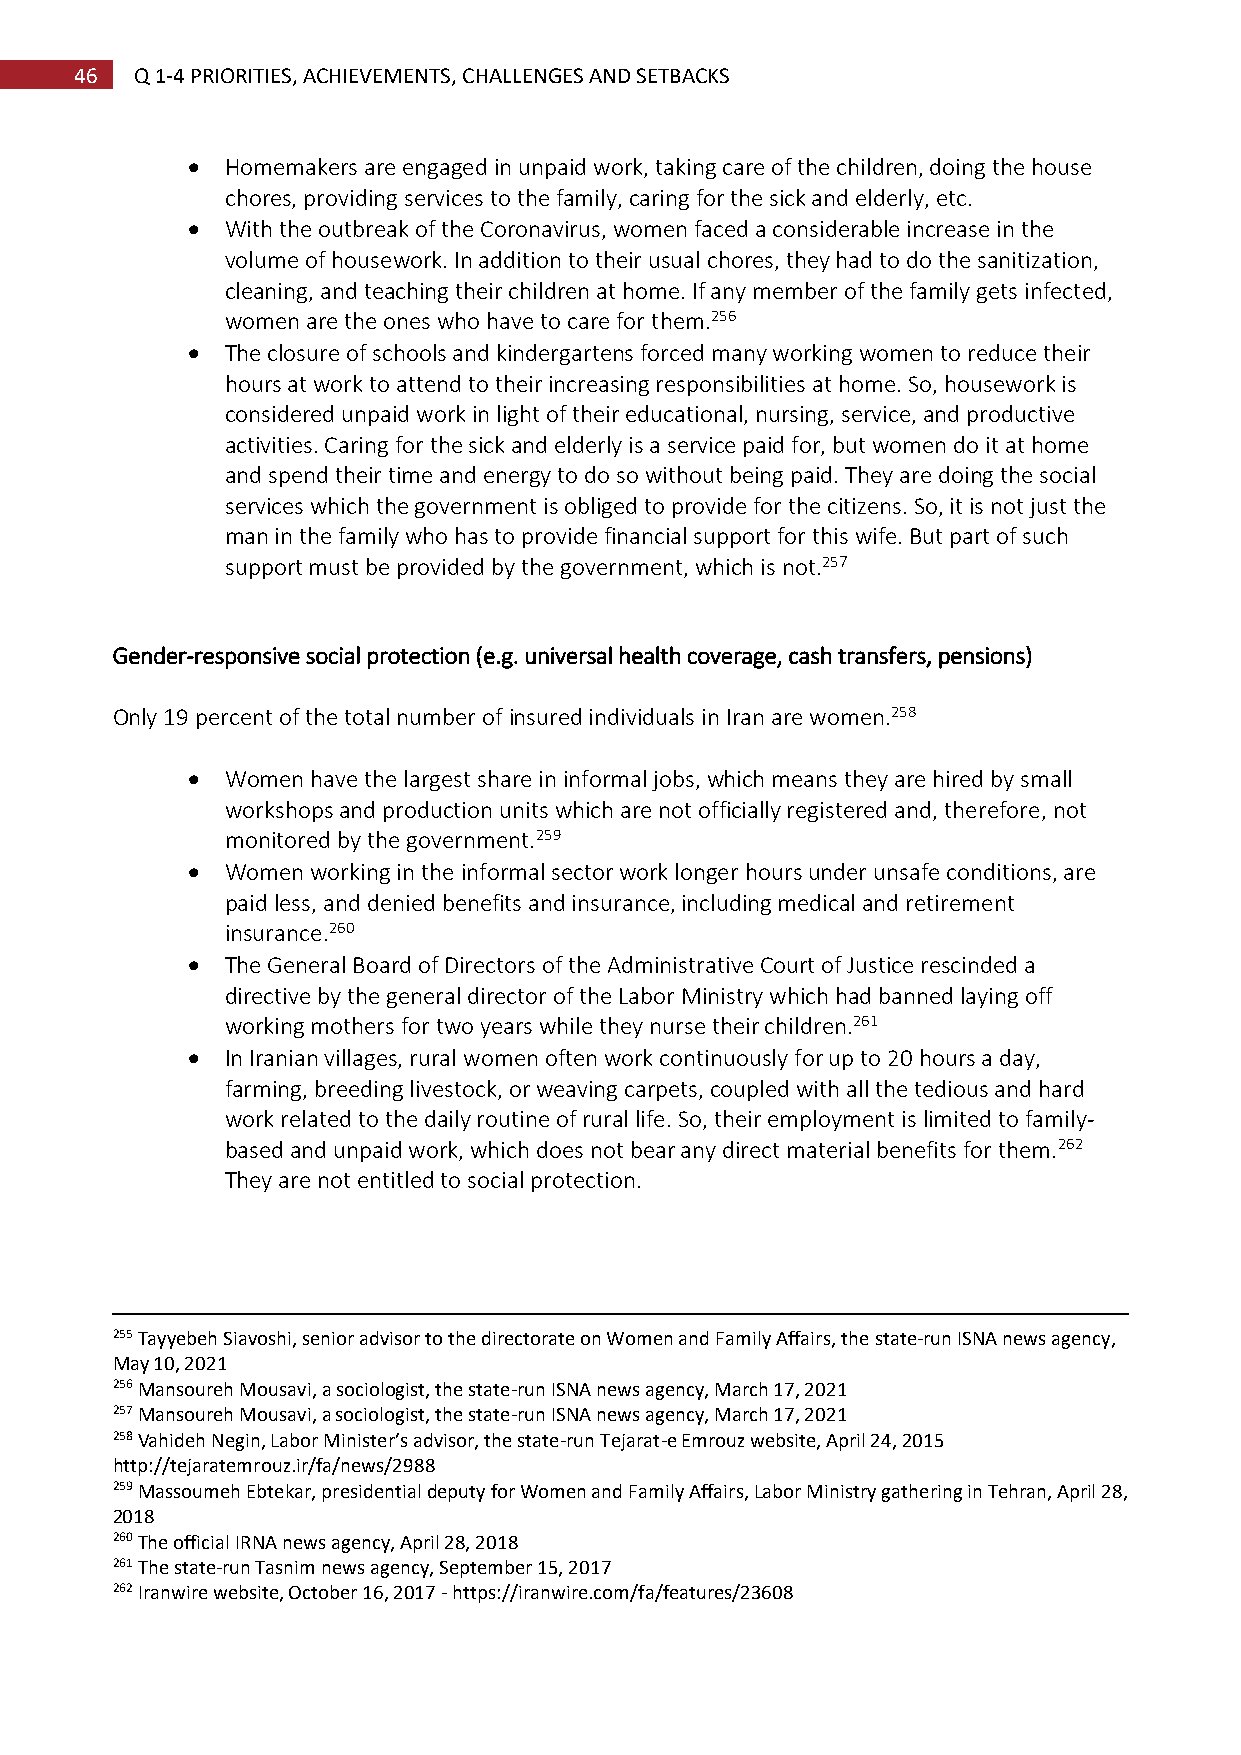
46  Q 1-4 PRIORITIES, ACHIEVEMENTS, CHALLENGES AND SETBACKS
   Homemakers are engaged in unpaid work, taking care of the children, doing the house
 chores, providing services to the family, caring for the sick and elderly, etc.
   With the outbreak of the Coronavirus, women faced a considerable increase in the
 volume of housework. In addition to their usual chores, they had to do the sanitization,
 cleaning, and teaching their children at home. If any member of the family gets infected,
 women are the ones who have to care for them.256
   The closure of schools and kindergartens forced many working women to reduce their
 hours at work to attend to their increasing responsibilities at home. So, housework is
 considered unpaid work in light of their educational, nursing, service, and productive
 activities. Caring for the sick and elderly is a service paid for, but women do it at home
 and spend their time and energy to do so without being paid. They are doing the social
 services which the government is obliged to provide for the citizens. So, it is not just the
 man in the family who has to provide financial support for this wife. But part of such
 support must be provided by the government, which is not.257
 
 Gender-responsive social protection (e.g. universal health coverage, cash transfers, pensions)
 Only 19 percent of the total number of insured individuals in Iran are women.258
   Women have the largest share in informal jobs, which means they are hired by small
 workshops and production units which are not officially registered and, therefore, not
 monitored by the government.259
   Women working in the informal sector work longer hours under unsafe conditions, are
 paid less, and denied benefits and insurance, including medical and retirement
 insurance.260
   The General Board of Directors of the Administrative Court of Justice rescinded a
 directive by the general director of the Labor Ministry which had banned laying off
 working mothers for two years while they nurse their children.261
   In Iranian villages, rural women often work continuously for up to 20 hours a day,
 farming, breeding livestock, or weaving carpets, coupled with all the tedious and hard
 work related to the daily routine of rural life. So, their employment is limited to family-
 based and unpaid work, which does not bear any direct material benefits for them.262
 They are not entitled to social protection.
 
 255 Tayyebeh Siavoshi, senior advisor to the directorate on Women and Family Affairs, the state-run ISNA news agency,
 May 10, 2021
 256 Mansoureh Mousavi, a sociologist, the state-run ISNA news agency, March 17, 2021
 257 Mansoureh Mousavi, a sociologist, the state-run ISNA news agency, March 17, 2021
 258 Vahideh Negin, Labor Minister’s advisor, the state-run Tejarat-e Emrouz website, April 24, 2015
 http://tejaratemrouz.ir/fa/news/2988
 259 Massoumeh Ebtekar, presidential deputy for Women and Family Affairs, Labor Ministry gathering in Tehran, April 28,
 2018
 260 The official IRNA news agency, April 28, 2018
 261 The state-run Tasnim news agency, September 15, 2017
 262 Iranwire website, October 16, 2017 - https://iranwire.com/fa/features/23608